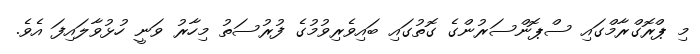
މި ޕްރޮގްރާމްގައި ސްޕޮންސަރުންގެ ގޮތުގައި ބައިވެރިވުމުގެ ފުރުސަތު މިހާރު ވަނީ ހުޅުވާލައިފަ އެވެ.